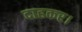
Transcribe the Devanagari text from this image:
दाहकर।